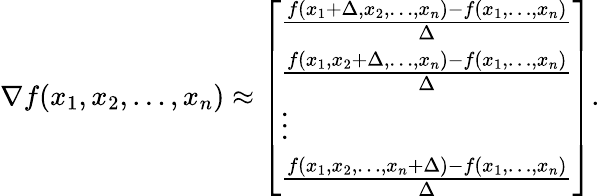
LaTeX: \nabla f(x_{1},x_{2},\ldots,x_{n})\approx\left[\begin{array}{l}{\frac{f(x_{1}+\Delta,x_{2},\ldots,x_{n})-f(x_{1},\ldots,x_{n})}{\Delta}}\\ {\frac{f(x_{1},x_{2}+\Delta,\ldots,x_{n})-f(x_{1},\ldots,x_{n})}{\Delta}}\\ {\vdots}\\ {\frac{f(x_{1},x_{2},\ldots,x_{n}+\Delta)-f(x_{1},\ldots,x_{n})}{\Delta}}\end{array}\right].